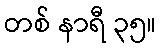
တစ် နာရီ ၃၅။